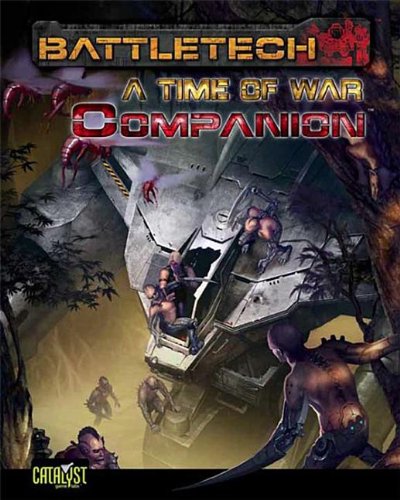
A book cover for Battletech Time of War Companion; Catalyst Game Labs; Science Fiction & Fantasy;